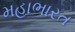
મહાભારત